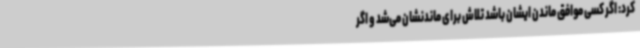
کرد: اگر کسی موافق ماندن ایشان باشد تلاش برای ماندنشان می‌شد و اگر